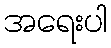
အရေးပါ